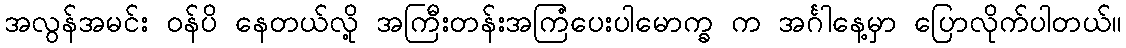
အလွန်အမင်း ဝန်ပိ နေတယ်လို့ အကြီးတန်းအကြံပေးပါမောက္ခ က အင်္ဂါနေ့မှာ ပြောလိုက်ပါတယ်။